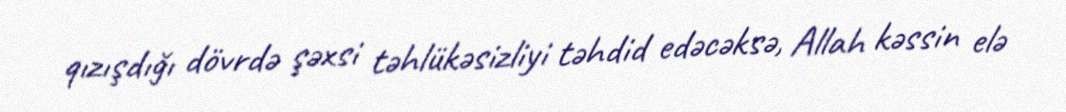
qızışdığı dövrdə şəxsi təhlükəsizliyi təhdid edəcəksə, Allah kəssin elə